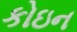
કોઇન